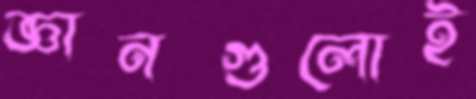
জ্ঞানগুলোই